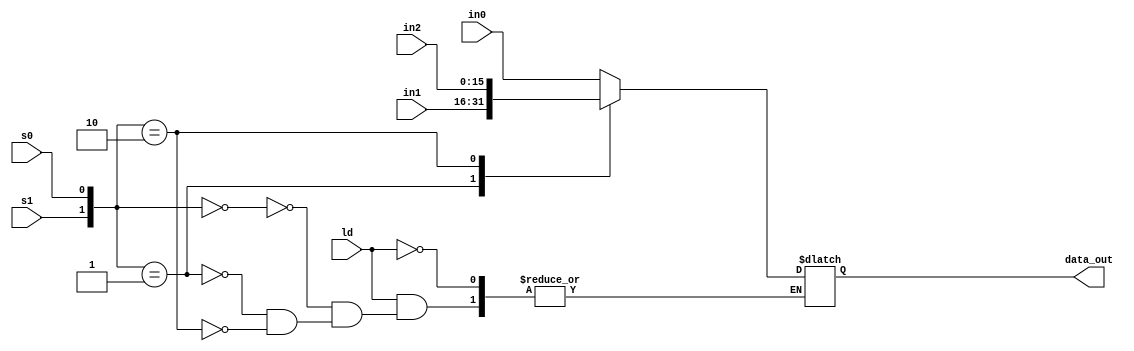
`timescale 1ns / 1ps

module RegisterDataSelector(
    input [15:0] in2,
    input [15:0] in1,
    input [15:0] in0,
    input s1,
    input s0,
    input ld,
    output reg [15:0] data_out);
    
    always @(*) begin
        if(ld == 1) begin
            case({s1,s0})
                2'b00: data_out <= in0;
                2'b01: data_out <= in1;
                2'b10: data_out <= in2;
            endcase
        end
    end
    
endmodule